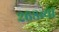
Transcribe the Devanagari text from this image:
२६८व्या